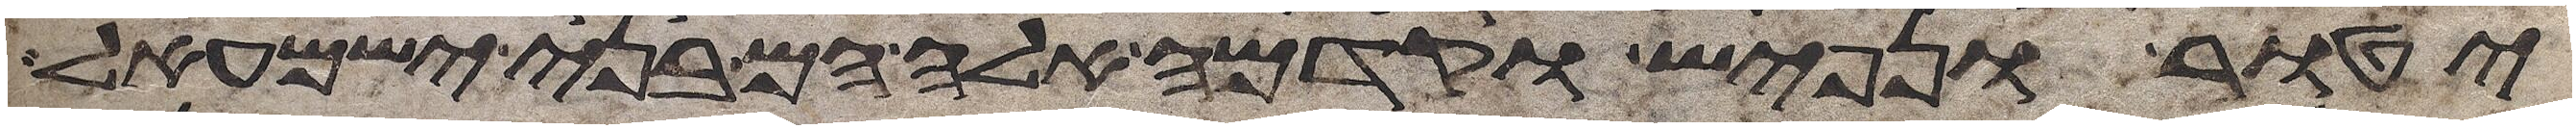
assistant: יטור נפיש וקדמה אלה הם בני ישמעאל